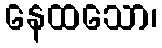
နေထသော၊